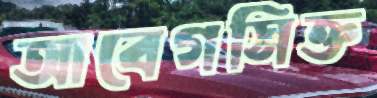
আবেগসিক্ত